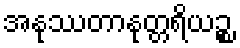
အနုဿတာနုတ္တရိယဉ္စ